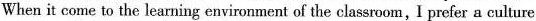
When it come to learning environment of the classroom,Iprefer a culture